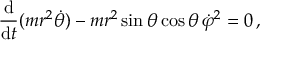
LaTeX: { \frac { \mathrm { d } } { \mathrm { d } t } } ( m r ^ { 2 } { \dot { \theta } } ) - m r ^ { 2 } \sin \theta \cos \theta \, { \dot { \varphi } } ^ { 2 } = 0 \, ,